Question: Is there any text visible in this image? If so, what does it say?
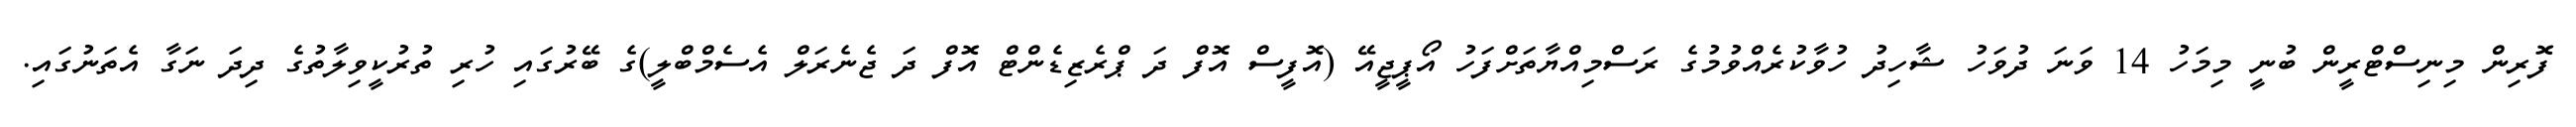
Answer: ފޮރިން މިނިސްޓްރީން ބުނީ މިމަހު 14 ވަނަ ދުވަހު ޝާހިދު ހުވާކުރެއްވުމުގެ ރަސްމިއްޔާތަށްފަހު އޯޕީޖީއޭ (އޮފީސް އޮފް ދަ ޕްރެޒިޑެންޓް އޮފް ދަ ޖެނެރަލް އެސެމްބްލީ)ގެ ބޭރުގައި ހުރި ތުރުކީވިލާތުގެ ދިދަ ނަގާ އެތަނުގައި.